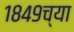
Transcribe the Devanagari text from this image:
१८४९च्या